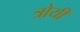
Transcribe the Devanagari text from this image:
त्रोयी